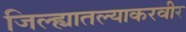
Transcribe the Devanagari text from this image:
जिल्ह्यातल्याकरवीर